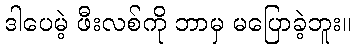
ဒါပေမဲ့ ဖီးလစ်ကို ဘာမှ မပြောခဲ့ဘူး။